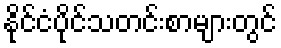
နိုင်ငံပိုင်သတင်းစာများတွင်